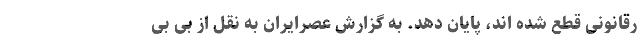
رقانونی قطع شده اند، پایان دهد. به گزارش عصرایران به نقل از بی بی